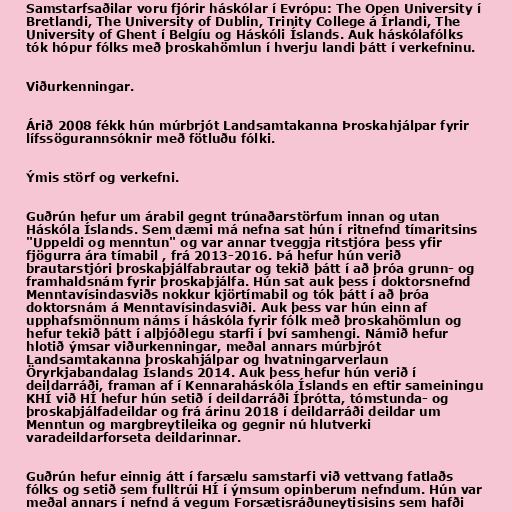
Samstarfsaðilar voru fjórir háskólar í Evrópu: The Open University í
Bretlandi, The University of Dublin, Trinity College á Írlandi, The
University of Ghent í Belgíu og Háskóli Íslands. Auk háskólafólks
tók hópur fólks með þroskahömlun í hverju landi þátt í verkefninu.

Viðurkenningar.

Árið 2008 fékk hún múrbrjót Landsamtakanna Þroskahjálpar fyrir
lífssögurannsóknir með fötluðu fólki.

Ýmis störf og verkefni.

Guðrún hefur um árabil gegnt trúnaðarstörfum innan og utan
Háskóla Íslands. Sem dæmi má nefna sat hún í ritnefnd tímaritsins
"Uppeldi og menntun" og var annar tveggja ritstjóra þess yfir
fjögurra ára tímabil , frá 2013-2016. Þá hefur hún verið
brautarstjóri þroskaþjálfabrautar og tekið þátt í að þróa grunn- og
framhaldsnám fyrir þroskaþjálfa. Hún sat auk þess í doktorsnefnd
Menntavísindasviðs nokkur kjörtímabil og tók þátt í að þróa
doktorsnám á Menntavísindasviði. Auk þess var hún einn af
upphafsmönnum náms í háskóla fyrir fólk með þroskahömlun og
hefur tekið þátt í alþjóðlegu starfi í því samhengi. Námið hefur
hlotið ýmsar viðurkenningar, meðal annars múrbjrót
Landsamtakanna þroskahjálpar og hvatningarverlaun
Öryrkjabandalag Íslands 2014. Auk þess hefur hún verið í
deildarráði, framan af í Kennaraháskóla Íslands en eftir sameiningu
KHÍ við HÍ hefur hún setið í deildarráði Íþrótta, tómstunda- og
þroskaþjálfadeildar og frá árinu 2018 í deildarráði deildar um
Menntun og margbreytileika og gegnir nú hlutverki
varadeildarforseta deildarinnar.

Guðrún hefur einnig átt í farsælu samstarfi við vettvang fatlaðs
fólks og setið sem fulltrúi HÍ í ýmsum opinberum nefndum. Hún var
meðal annars í nefnd á vegum Forsætisráðuneytisisins sem hafði